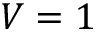
V = 1